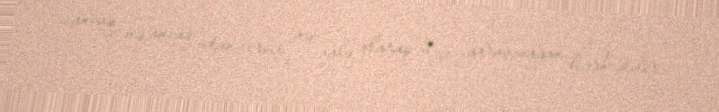
ancaq və ancaq utanverici və xalq olaraq bizə yaraşmayan hərkətdir.